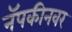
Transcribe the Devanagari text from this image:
नॅपकीनवर